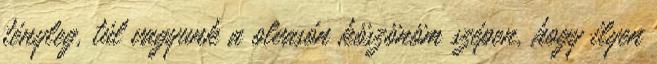
tényleg, túl vagyunk a olvasón köszönöm szépen, hogy ilyen